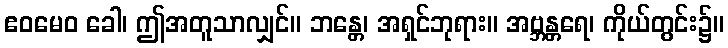
ဧဝမေဝ ခေါ၊ ဤအတူသာလျှင်။ ဘန္တေ၊ အရှင်ဘုရား။ အဗ္ဘန္တရေ၊ ကိုယ်တွင်း၌။